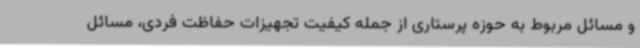
و مسائل مربوط به حوزه پرستاری از جمله کیفیت تجهیزات حفاظت فردی، مسائل